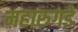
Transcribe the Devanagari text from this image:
महारुगडे